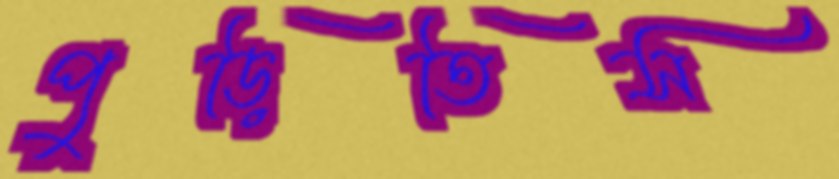
পুড়িতিস